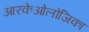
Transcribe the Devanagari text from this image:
आरकेओलोजिका